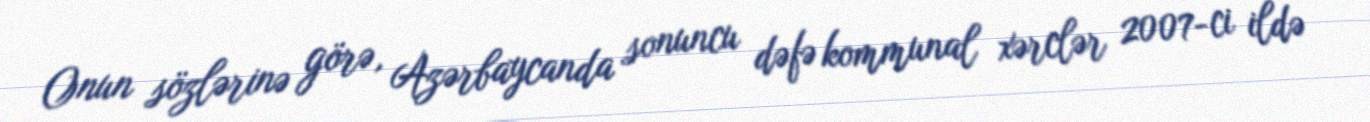
Onun sözlərinə görə, Azərbaycanda sonuncu dəfə kommunal xərclər 2007-ci ildə